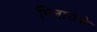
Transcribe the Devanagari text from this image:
मिनारांचे